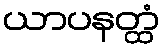
ယာပနတ္ထံ